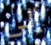
إلى